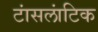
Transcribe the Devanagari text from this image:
टांसलांटिक